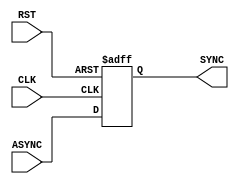
module Bit_SYNC #(parameter STAGES_NUM = 1, BUS_WIDTH = 1)(
    input   wire    [BUS_WIDTH - 1 : 0]     ASYNC,
    input   wire                            CLK,
    input   wire                            RST,
    output  wire    [BUS_WIDTH - 1 : 0]     SYNC
    );
reg     [STAGES_NUM - 1 : 0]    bit_sync_reg    [BUS_WIDTH - 1 : 0];
reg     [STAGES_NUM - 1 : 0]    bit_sync_next   [BUS_WIDTH - 1 : 0];
genvar i;
generate
    for (i = 0; i < BUS_WIDTH; i = i + 1)
        begin
            always @(posedge CLK, negedge RST)
                begin
                    if (!RST)
                        begin
                            bit_sync_reg[i] <= 0;
                        end
                    else
                        begin
                            bit_sync_reg[i] <= bit_sync_next[i];
                        end
                end
                
            always @(*)
                begin
                    bit_sync_next[i] = {bit_sync_reg[i][STAGES_NUM - 2 : 0], ASYNC[i]};
                end
                
            assign SYNC[i] = bit_sync_reg[i][STAGES_NUM - 1];
        end
endgenerate
endmodule